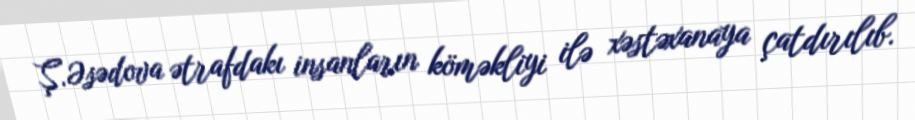
Ş.Əsədova ətrafdakı insanların köməkliyi ilə xəstəxanaya çatdırılıb.